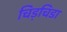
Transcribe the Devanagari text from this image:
चिड़चिडा